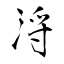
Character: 浖